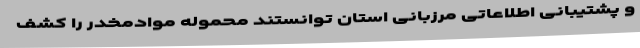
و پشتیبانی اطلاعاتی مرزبانی استان توانستند محموله موادمخدر را کشف